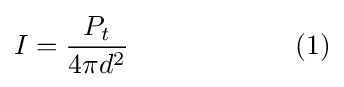
I={P_{t} \over 4\pi d^{2}}\qquad \qquad \qquad {\text{(1)}}